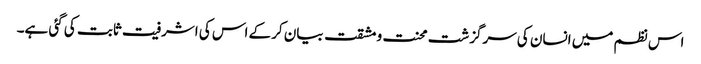
اس نظم میں انسان کی سرگزشت محنت و مشقت بیان کرکے اس کی اشرفیت ثابت کی گئی ہے۔